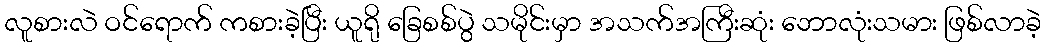
လူစားလဲ ဝင်ရောက် ကစားခဲ့ပြီး ယူရို ခြေစစ်ပွဲ သမိုင်းမှာ အသက်အကြီးဆုံး ဘောလုံးသမား ဖြစ်လာခဲ့